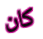
كان